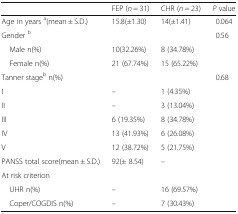
<table><thead><tr><td></td><td><b>FEP (<i>n</i> = 31)</b></td><td><b>CHR (<i>n</i> = 23)</b></td><td><b><i>P</i> value</b></td></tr></thead><tbody><tr><td>Age in years <sup>a</sup>(mean ± S.D.)</td><td>15.8(±1.30)</td><td>14(±1.41)</td><td>0.064</td></tr><tr><td>Gender <sup>b</sup></td><td></td><td></td><td>0.56</td></tr><tr><td> Male n(%)</td><td>10(32.26%)</td><td>8 (34.78%)</td><td></td></tr><tr><td> Female n(%)</td><td>21 (67.74%)</td><td>15 (65.22%)</td><td></td></tr><tr><td>Tanner stage<sup>b</sup> n(%)</td><td></td><td></td><td>0.68</td></tr><tr><td>I</td><td>–</td><td>1 (4.35%)</td><td></td></tr><tr><td>II</td><td>–</td><td>3 (13.04%)</td><td></td></tr><tr><td>III</td><td>6 (19.35%)</td><td>8 (34.78%)</td><td></td></tr><tr><td>IV</td><td>13 (41.93%)</td><td>6 (26.08%)</td><td></td></tr><tr><td>V</td><td>12 (38.72%)</td><td>5 (21.75%)</td><td></td></tr><tr><td>PANSS total score(mean ± S.D.)</td><td>92(± 8.54)</td><td>–</td><td></td></tr><tr><td colspan="4">At risk criterion</td></tr><tr><td> UHR n(%)</td><td>–</td><td>16 (69.57%)</td><td></td></tr><tr><td> Coper/COGDIS n(%)</td><td>–</td><td>7 (30.43%)</td><td></td></tr></tbody></table>